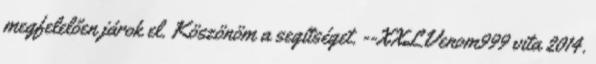
megfelelően járok el. Köszönöm a segítséget. --XXLVenom999 vita 2014.